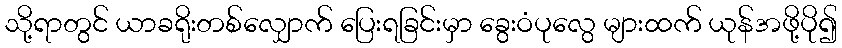
သို့ရာတွင် ယာခရိုးတစ်လျှောက် ပြေးရခြင်းမှာ ခွေးဝံပုလွေ များထက် ယုန်အဖို့ပို၍